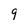
Character: 9